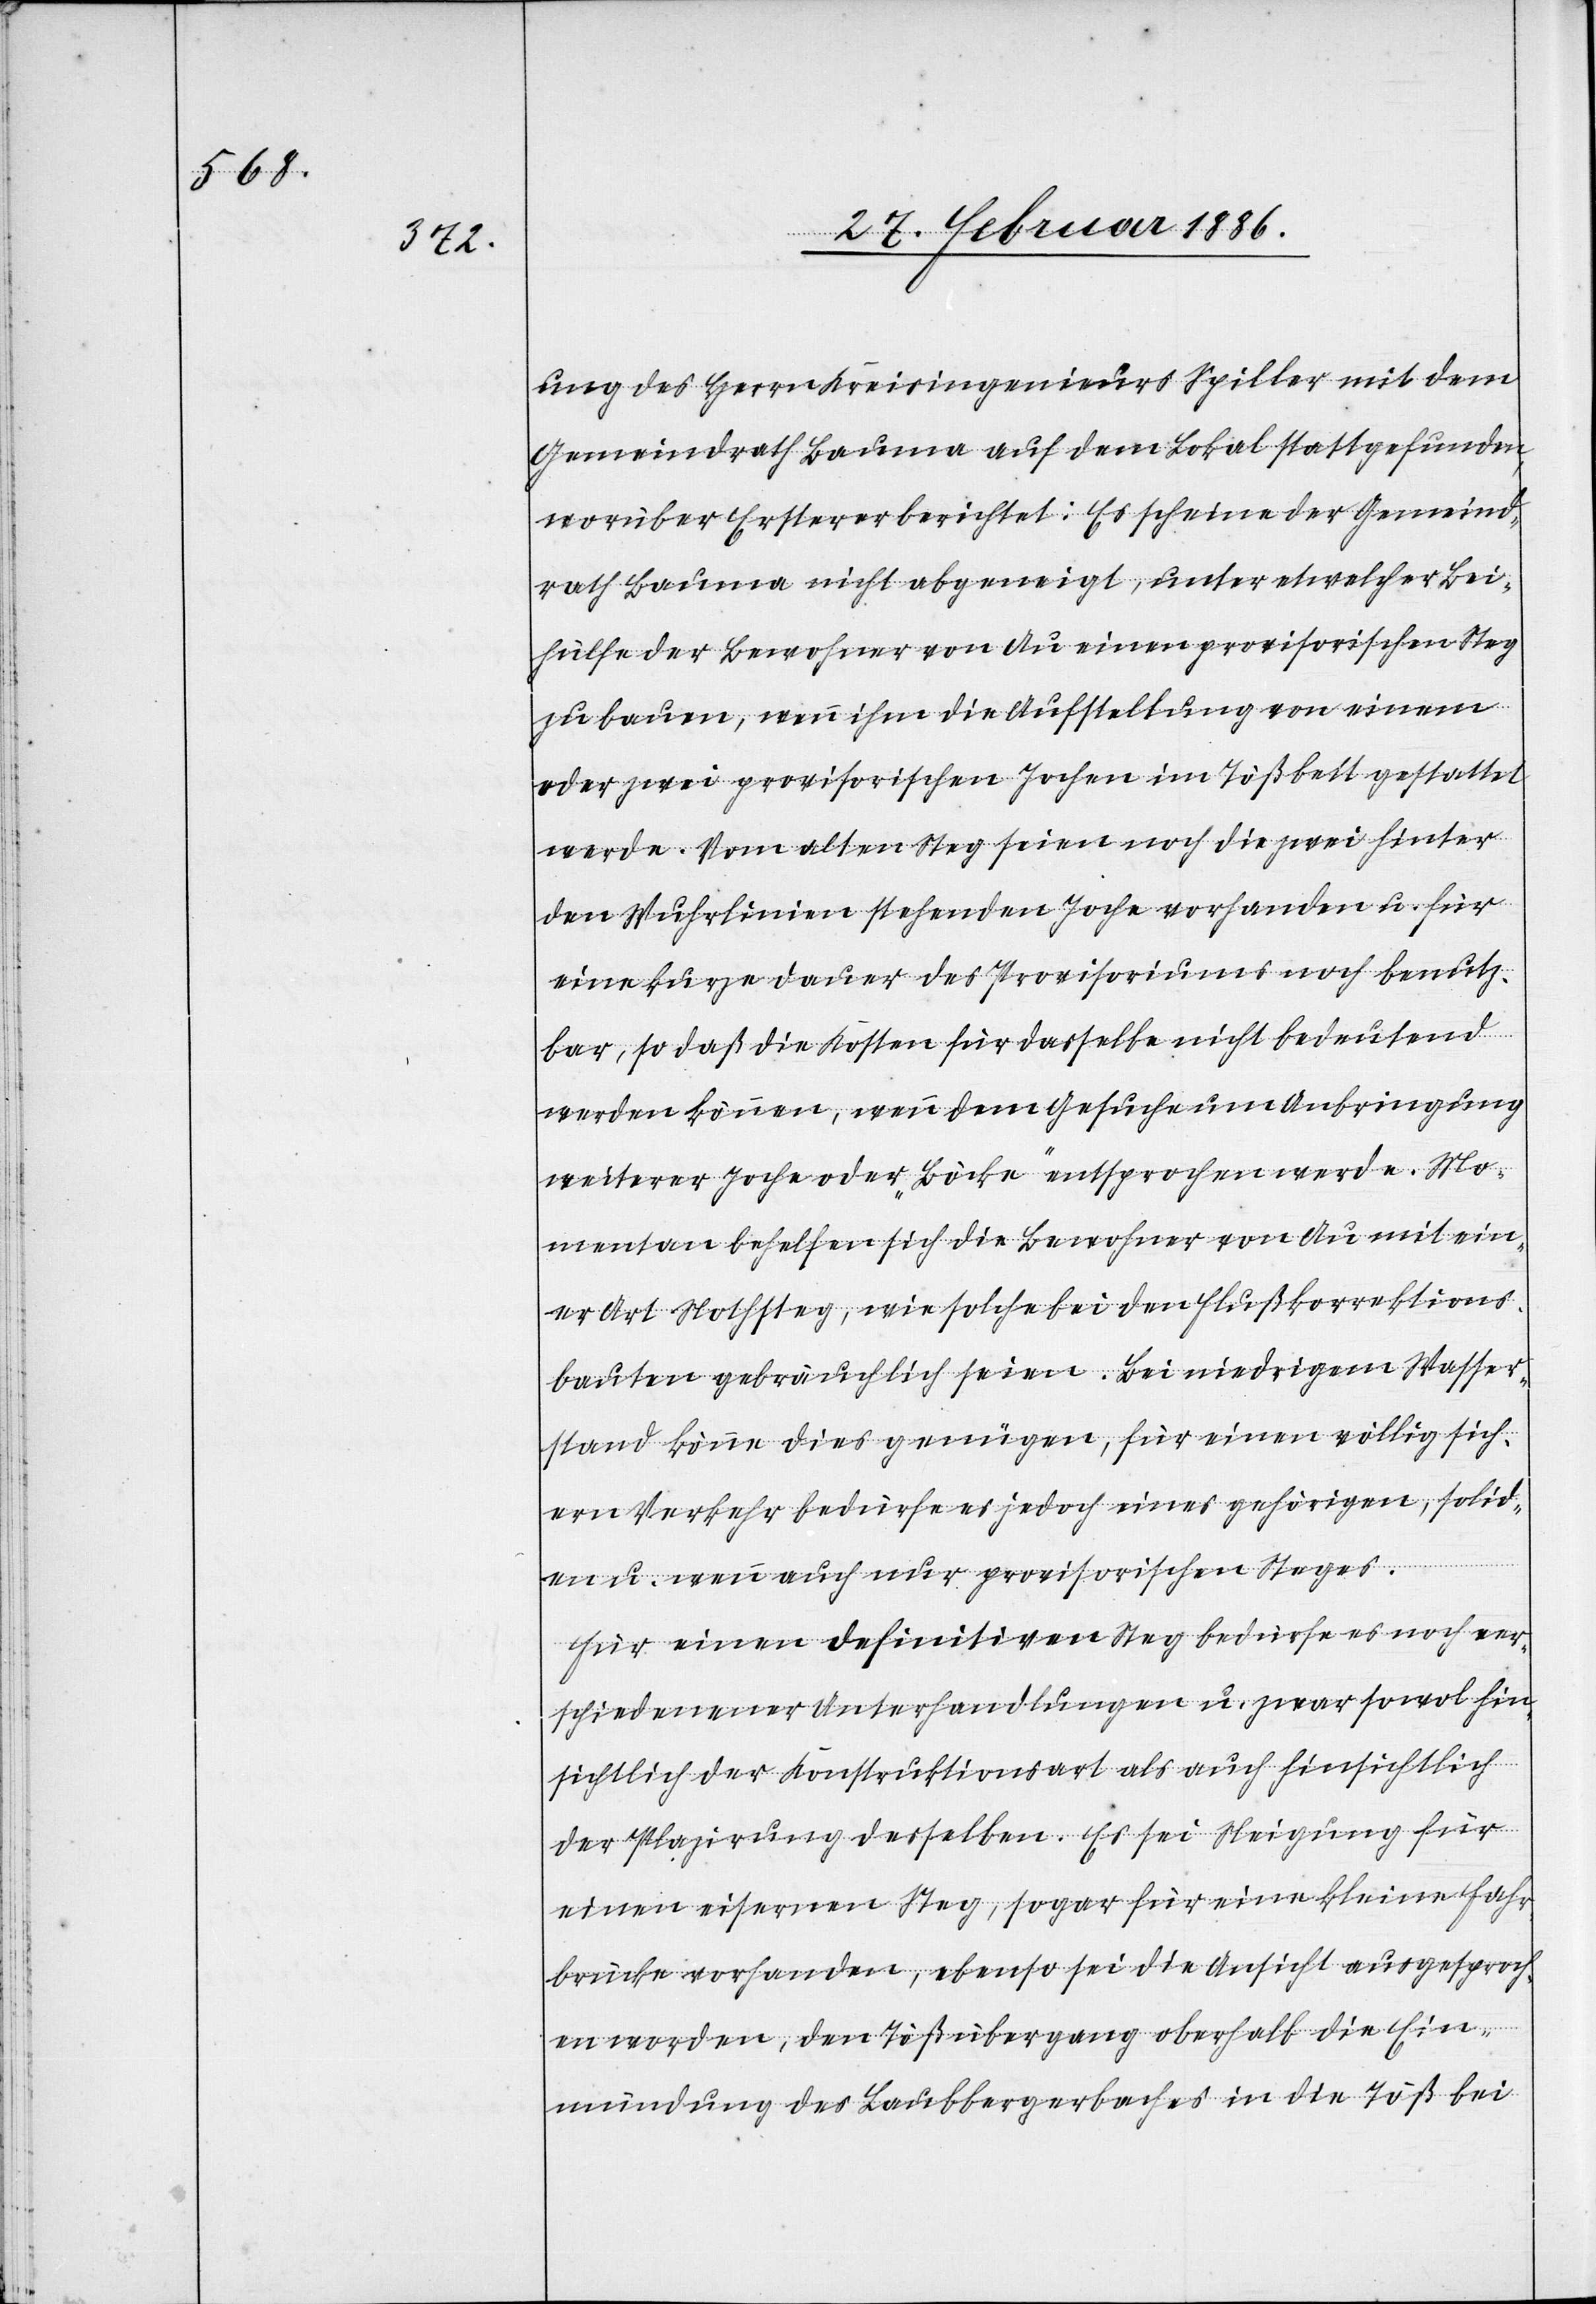
ung des Herrn Kreisingenieur Spiller mit dem
Gemeindrath Bauma auf dem Lokal stattgefunden,
worüber Ersterer berichtet: Es scheine der Gemeind¬
rath Bauma nicht abgeneigt, unter etwelcher Bei¬
hülfe der Bewohner von Au einen provisorischen Steg
zu bauen, wenn ihm die Aufstellung von einem
oder zwei provisorischen Jochen im Tößbett gestattet
werde. Vom alten Steg seien noch die zwei hinter
den Wuhrlinien stehenden Joche vorhanden u. für
eine kurze Dauer des Provisoriums noch benutz¬
bar, so daß die Kosten für dasselbe nicht bedeutend
werden können, wenn dem Gesuche um Anbringung
weiterer Joche oder „Böcke“ entsprochen werde. Mo¬
mentan behelfen sich die Bewohner von Au mit ein¬
er Art Nothsteg, wie solche bei den Flußkorrektions¬
bauten gebräuchlich seien. Bei niedrigem Wasser¬
stand könne dies genügen, für einen völlig sich¬
ern Verkehr bedürfe es jedoch eines gehörigen, solid¬
en u. wenn auch nur provisorischen Steges.
Für einen definitiven Steg bedürfe es noch ver¬
schiedener Unterhandlungen u. zwar sowol hin¬
sichtlich der Konstruktionswart als auch hinsichtlich
der Plazierung desselben. Es sei Neigung für
einen eisernen Steg, sogar für einen kleine Fahr¬
brücke vorhanden, ebenso sei die Ansicht ausgesproch¬
en worden, den Tößübergang oberhalb die Ein¬
mündung des Laubbergbaches in die Töß bei